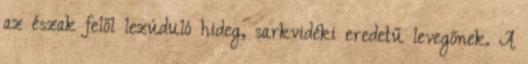
az észak felől lezúduló hideg, sarkvidéki eredetű levegőnek. A